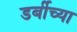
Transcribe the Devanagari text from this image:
डर्बीच्या